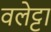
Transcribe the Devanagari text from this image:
वलेट्टा